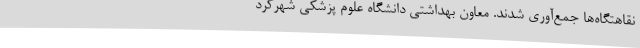
نقاهتگاه‌ها جمع‌آوری شدند. معاون بهداشتی دانشگاه علوم پزشکی شهرکرد